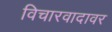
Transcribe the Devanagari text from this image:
विचारवादावर